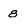
Character: 8